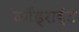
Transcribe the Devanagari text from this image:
कोंड्राईट